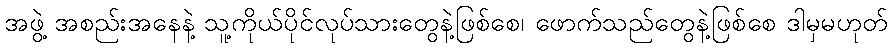
အဖွဲ့ အစည်းအနေနဲ့ သူ့ကိုယ်ပိုင်လုပ်သားတွေနဲ့ဖြစ်စေ၊ ဖောက်သည်တွေနဲ့ဖြစ်စေ ဒါမှမဟုတ်